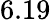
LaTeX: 6.19